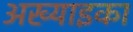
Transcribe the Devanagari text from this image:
अख्याइका